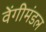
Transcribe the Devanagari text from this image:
वेंगीमंडल